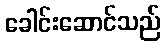
ခေါင်းဆောင်သည်